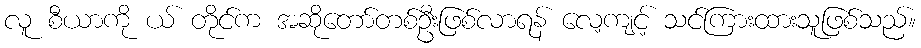
လူ စီယာကို ယ် တိုင်က အဆိုတော်တစ်ဦးဖြစ်လာရန် လေ့ကျင့် သင်ကြားထားသူဖြစ်သည်။